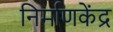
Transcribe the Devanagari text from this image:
निर्माणकेंद्र